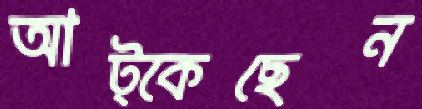
আট্‌কেছেন